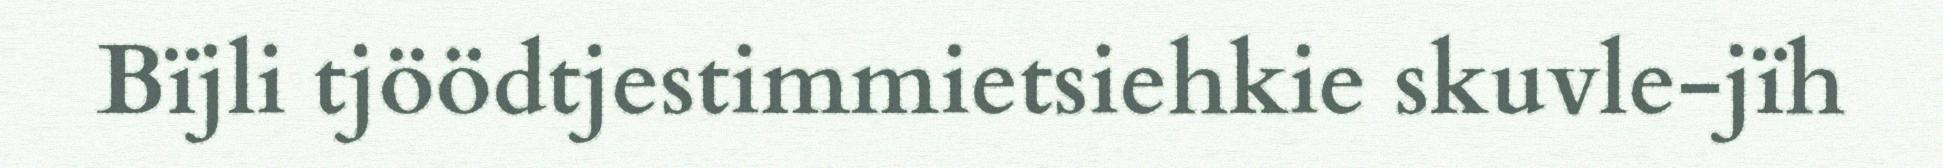
Bïjli tjöödtjestimmietsiehkie skuvle-jïh